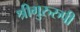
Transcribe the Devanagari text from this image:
श्रीगुरुरुपी